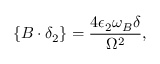
\{ B \cdot \delta _ { 2 } \} = \frac { 4 \epsilon _ { 2 } \omega _ { B } \delta } { \Omega ^ { 2 } } ,